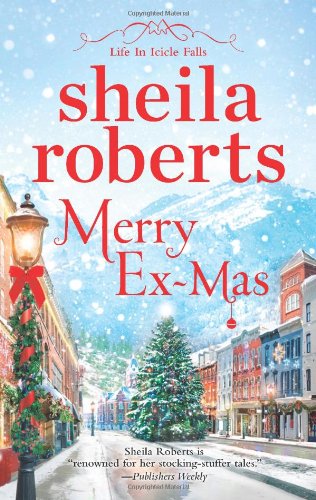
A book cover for Merry Ex-Mas (Life in Icicle Falls); Sheila Roberts; Romance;